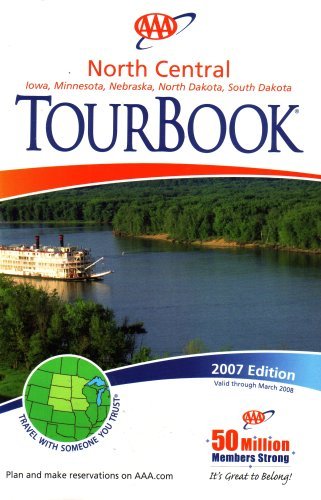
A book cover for AAA North Central Tourbook: Iowa, Minnesota, Nebraska, North Dakota, South Dakota: 2007 Edition (2007 Edition, 2007-461307); AAA; Travel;